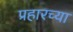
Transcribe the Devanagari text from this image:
प्रहारच्या